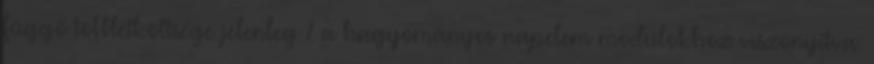
függő többletköltsége jelenleg % a hagyományos napelem modulokhoz viszonyítva.